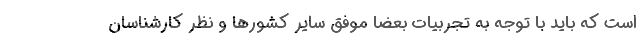
است که باید با توجه به تجربیات بعضاً موفق سایر کشورها و نظر کارشناسان